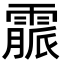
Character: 霢